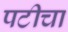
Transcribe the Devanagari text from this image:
पटीचा